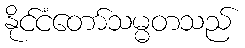
နိုင်ငံတော်သမ္မတသည်